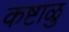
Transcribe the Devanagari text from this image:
कष्टाळु